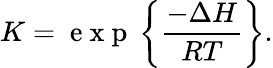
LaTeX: K=\mathrm{~e~x~p~}\left\{ \frac{-\Delta H}{RT}\right\} .